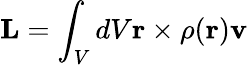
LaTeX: \mathbf{L}=\int_{V}dV\mathbf{r}\times\rho(\mathbf{r})\mathbf{v}